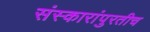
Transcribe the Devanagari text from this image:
संस्कारांपुरतीच